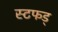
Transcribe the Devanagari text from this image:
स्टफड्